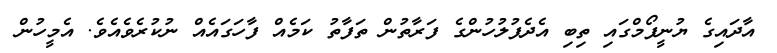
އާދައިގެ ޔުނީފޯމްގައި ތިބި އެދެފުލުހުންގެ ފަރާތުން ތަފާތު ކަމެއް ފާހަގައެއް ނުކުރެވެއެވެ. އެމީހުން